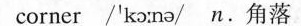
corner /'ka:na,'n.角落